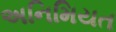
અનિમિયત